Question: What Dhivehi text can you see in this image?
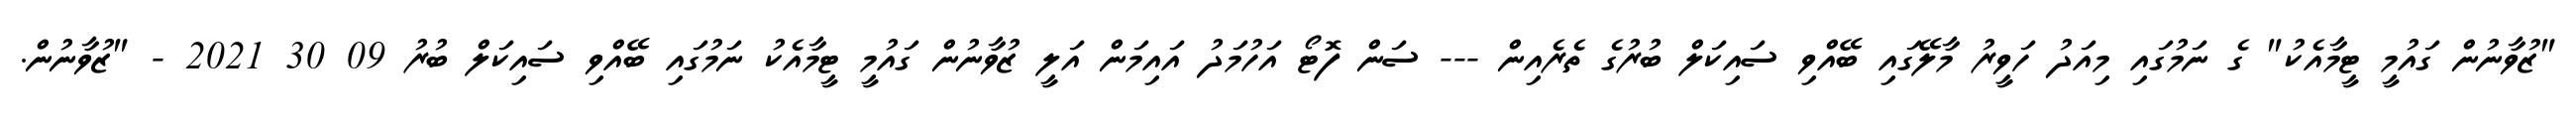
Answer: "ޒުވާނުން ގައުމީ ޓީމާއެކު" ގެ ނަމުގައި މިއަދު ހަވީރު މާލޭގައި ބޭއްވި ސައިކަލް ބުރުގެ ތެރެއިން --- ސަން ފޮޓޯ އަހުމަދު އައިމަން އަލީ ޒުވާނުން ގައުމީ ޓީމާއެކު ނަމުގައި ބޭއްވި ސައިކަލް ބުރު 09 30 2021 - "ޒުވާނުން.